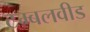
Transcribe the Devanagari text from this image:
टम्बलवीड